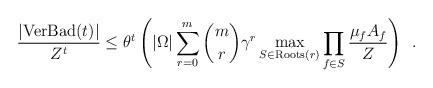
LaTeX: \begin{align*}\frac{|\mathrm{VerBad}(t)|}{Z^t} \le \theta^t \left( |\Omega| \sum_{r = 0}^{m} \binom{m}{r} \gamma^{r}\max_{ S \in \mathrm{Roots}(r)} \prod_{f \in S} \frac{\mu_f A_f}{Z} \right)\enspace .\end{align*}